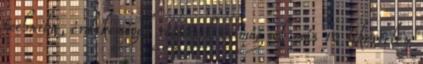
technika, érdekességek régiségek és még sok más 10 sikertelen